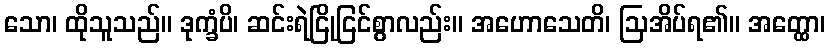
သော၊ ထိုသူသည်။ ဒုက္ခံပိ၊ ဆင်းရဲငြိုငြင်စွာလည်း။ အဟောသေတိ၊ ဩအိပ်ရ၏။ အတ္ထော၊